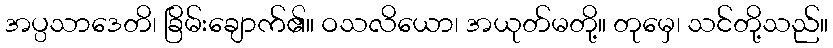
အပ္ပသာဒေတိ၊ ခြိမ်းချောက်၏။ ဝသလိယော၊ အယုတ်မတို့။ တုမှေ၊ သင်တို့သည်။